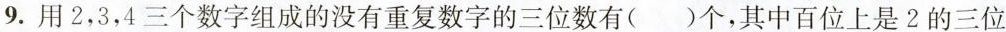
9.用2，3，4三个数字组成的没有重复数字的三位数有( )个，其中百位上是2的三位